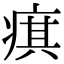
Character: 𤷍